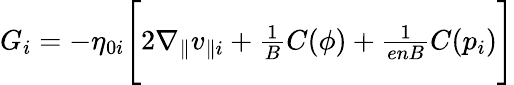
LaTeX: \begin{array}{r}{G_{i}=-\eta_{0i}\Bigg[2\nabla_{\parallel}v_{\parallel i}+\frac{1}{B}C(\phi)+\frac{1}{enB}C(p_{i})\Bigg]}\end{array}